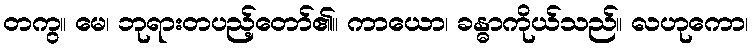
တကွ။ မေ၊ ဘုရားတပည့်တော်၏။ ကာယော၊ ခန္ဓာကိုယ်သည်။ လဟုကော၊